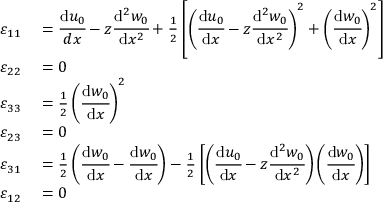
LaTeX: \begin{array} { r l } { \varepsilon _ { 1 1 } } & { { } = { \cfrac { \mathrm { d } u _ { 0 } } { d x } } - z { \cfrac { \mathrm { d } ^ { 2 } w _ { 0 } } { \mathrm { d } x ^ { 2 } } } + { \frac { 1 } { 2 } } \left[ \left( { \cfrac { \mathrm { d } u _ { 0 } } { \mathrm { d } x } } - z { \cfrac { \mathrm { d } ^ { 2 } w _ { 0 } } { \mathrm { d } x ^ { 2 } } } \right) ^ { 2 } + \left( { \cfrac { \mathrm { d } w _ { 0 } } { \mathrm { d } x } } \right) ^ { 2 } \right] } \\ { \varepsilon _ { 2 2 } } & { { } = 0 } \\ { \varepsilon _ { 3 3 } } & { { } = { \frac { 1 } { 2 } } \left( { \cfrac { \mathrm { d } w _ { 0 } } { \mathrm { d } x } } \right) ^ { 2 } } \\ { \varepsilon _ { 2 3 } } & { { } = 0 } \\ { \varepsilon _ { 3 1 } } & { { } = { \frac { 1 } { 2 } } \left( { \cfrac { \mathrm { d } w _ { 0 } } { \mathrm { d } x } } - { \cfrac { \mathrm { d } w _ { 0 } } { \mathrm { d } x } } \right) - { \frac { 1 } { 2 } } \left[ \left( { \cfrac { \mathrm { d } u _ { 0 } } { \mathrm { d } x } } - z { \cfrac { \mathrm { d } ^ { 2 } w _ { 0 } } { \mathrm { d } x ^ { 2 } } } \right) \left( { \cfrac { \mathrm { d } w _ { 0 } } { \mathrm { d } x } } \right) \right] } \\ { \varepsilon _ { 1 2 } } & { { } = 0 } \end{array}